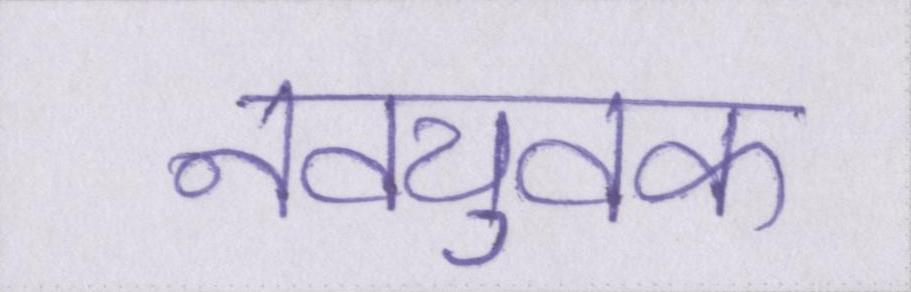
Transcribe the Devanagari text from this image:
नवयुवक